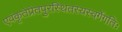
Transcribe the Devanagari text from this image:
एवंकृतेप्रेतपुरस्थितस्यस्वर्गेगतिः